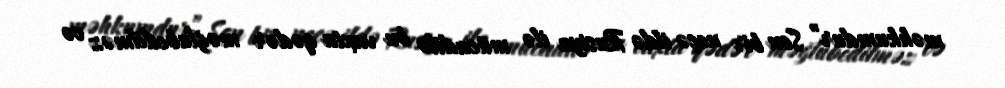
məhkumdur” Son bir neçə ildə Rusiya ilə mücadilə bu vaxta qədər məğlubedilməz və